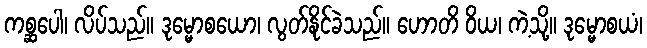
ကစ္ဆပေါ၊ လိပ်သည်။ ဒုမ္မောစယော၊ လွတ်နိုင်ခဲသည်။ ဟောတိ ဝိယ၊ ကဲ့သို့။ ဒုမ္မောစယံ၊